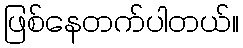
ဖြစ်နေတက်ပါတယ်။